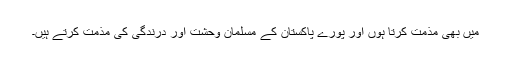
میں بھی مذمت کرتا ہوں اور پورے پاکستان کے مسلمان وحشت اور درندگی کی مذمت کرتے ہیں۔